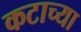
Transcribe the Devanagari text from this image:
कटाच्या